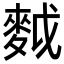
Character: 𪌝